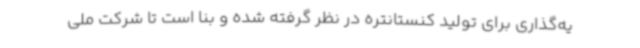
یه‌گذاری برای تولید کنستانتره در نظر گرفته شده و بنا است تا شرکت ملی